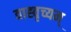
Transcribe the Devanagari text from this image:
वाह्वृच्यम्